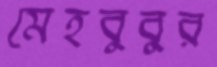
মেহবুবুর